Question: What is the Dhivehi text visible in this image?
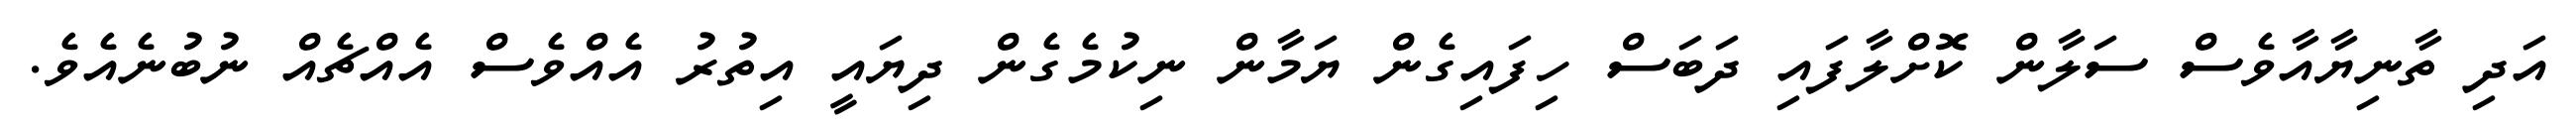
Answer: އަދި ތާނިޔާއާވެސް ސަލާން ކޮށްލާފައި ދަބަސް ހިފައިގެން ޔަމާން ނިކުމެގެން ދިޔައީ އިތުރު އެއްވެސް އެއްޗެއް ނުބުނެއެވެ.